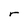
Character: r